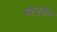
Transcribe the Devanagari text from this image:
बोउडीन